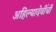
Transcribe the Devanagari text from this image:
अहिल्यादेवींची